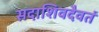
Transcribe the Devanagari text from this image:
सदाशिवदैवतं